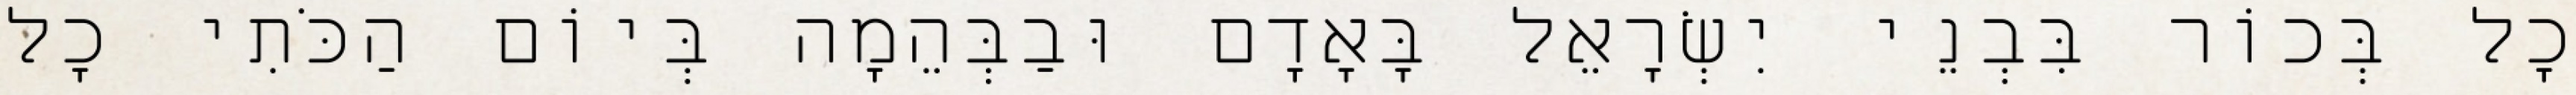
כָל בְּכוֹר בִּבְנֵי יִשְׂרָאֵל בָּאָדָם וּבַבְּהֵמָה בְּיוֹם הַכֹּתִי כָל